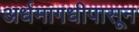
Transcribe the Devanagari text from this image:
अर्धमागधीपासून